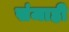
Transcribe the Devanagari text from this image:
संजाही